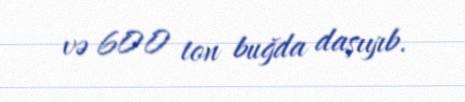
və 600 ton buğda daşıyıb.